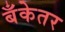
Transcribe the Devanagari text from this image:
बँकेतर